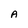
Character: A